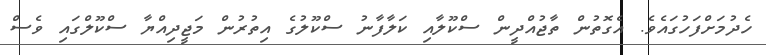
ހެދުމަށްފަހުގައެވެ. އެގޮތުން ތާޖުއްދީން ސްކޫލާއި ކަލާފާނު ސްކޫލުގެ އިތުރުން މަޖީދިއްޔާ ސްކޫލްގައި ވެސް